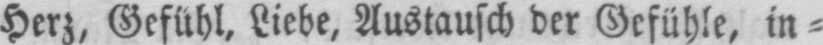
Herz, Gefühl, Liebe, Austausch der Gefühle, in⸗